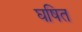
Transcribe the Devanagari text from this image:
घषित